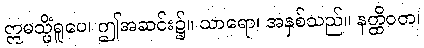
ဣမသ္မိံရူပေ၊ ဤအဆင်း၌။ သာရော၊ အနှစ်သည်။ နတ္ထိဝတ၊